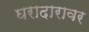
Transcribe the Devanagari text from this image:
घरादारावर